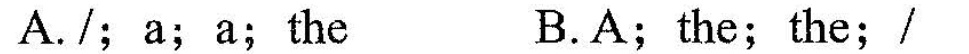
A./;a;a;the B.A;the;the;/